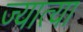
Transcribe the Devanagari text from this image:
ज्यात्या